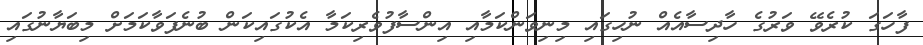
ފާހަގަ ކުރެވޭ ވަރުގެ ހާދިސާއެއް ނުހިގައި މިނިވަންކަމާއި އިންސާފުވެރިކަމާ އެކުގައިކަން ބުނެފަވާކަމަށް މިބަޔާނުގައި